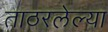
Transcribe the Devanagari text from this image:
ताठरलेल्या